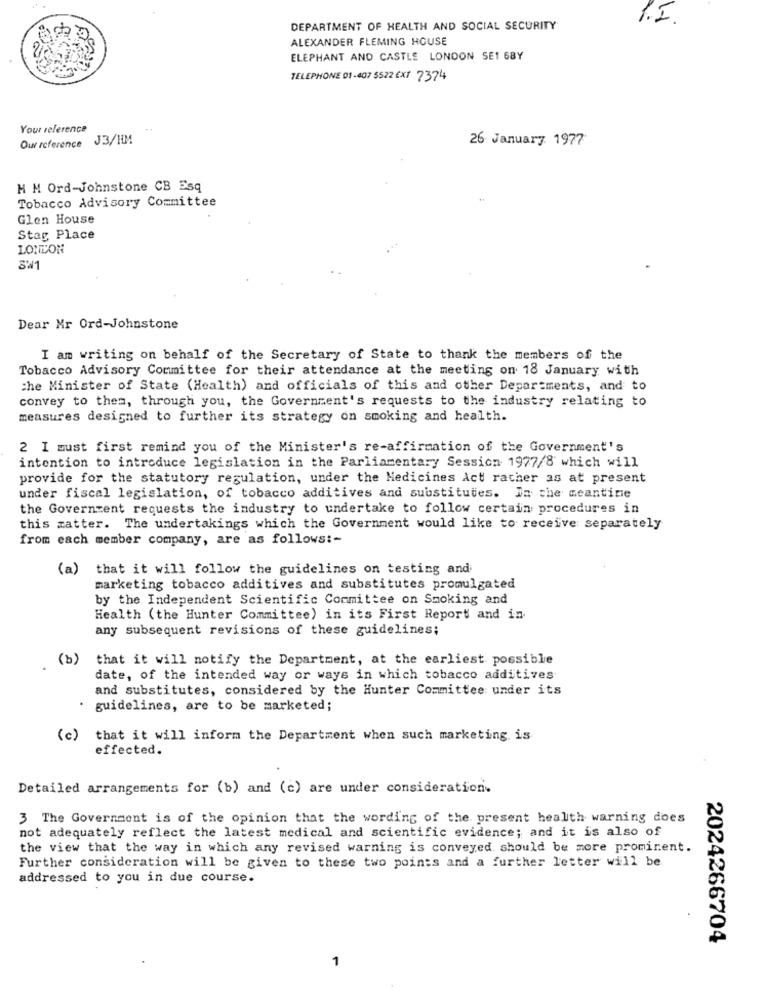
DEPARTMENT OF HEALTH AND SOCIAL SECURITY
ALEXANDER FLEMING HOUSE
ELEPHANT AND CASTLE LONDON SE1 68Y
TELEPHONE 01-407 5522 EX/ 7374
Your reference
Our reference J3/HIM
26 January 1977
H M Ord-Johnstone CB Esq
Tobacco Advisory Committee
Glen House
Stag Place
LONDON
SW1
Dear Mr Ord-Johnstone
I am writing on behalf of the Secretary of State to thank the members of the
Tobacco Advisory Committee for their attendance at the meeting on 18 January with
che Minister of State (Health) and officials of this and other Departments, and to
convey to them, through you, the Government's requests to the industry relating to
measures designed to further its strategy on smoking and health.
2 I must first remind you of the Minister's re-affirmation of the Government's
intention to introduce legislation in the Parliamentary Session 1977/8 which will
provide for the statutory regulation, under the Medicines Act racher as at present
under fiscal legislation, of tobacco additives and substitutes. In the meantime
the Government requests the industry to undertake to follow certain procedures in
this matter. The undertakings which the Government would like to receive separately
from each member company, are as follows :-
(a) that it will follow the guidelines on testing and
marketing tobacco additives and substitutes promulgated
by the Independent Scientific Committee on Smoking and
Health (the Hunter Committee) in its First Report and in
any subsequent revisions of these guidelines;
(b)
that it will notify the Department, at the earliest possible
date, of the intended way or ways in which tobacco additives
and substitutes, considered by the Hunter Committee under its
· guidelines, are to be marketed;
( c )
that it will inform the Department when such marketing, is
effected.
Detailed arrangements for (b) and (c) are under consideration.
3 The Government is of the opinion that the wording of the present health warning does
not adequately reflect the latest medical and scientific evidence; and it is also of
the view that the way in which any revised warning is conveyed should be more prominent.
Further consideration will be given to these two points and a further letter will be.
addressed to you in due course.
2024266704
1